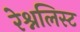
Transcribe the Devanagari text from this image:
रेश्नलिस्ट